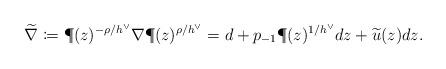
LaTeX: \begin{align*} \widetilde \nabla \coloneqq \P(z)^{-\rho/h^\vee} \nabla \P(z)^{\rho/h^\vee} = d + p_{-1} \P(z)^{1/h^\vee} dz + \widetilde u(z) dz.\end{align*}